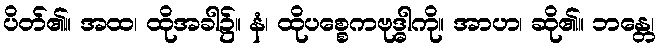
ပိတ်၏။ အထ၊ ထိုအခါ၌။ နံ၊ ထိုပစ္စေကဗုဒ္ဓါကို။ အာဟ၊ ဆို၏။ ဘန္တေ၊